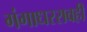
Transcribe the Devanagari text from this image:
गंगाधररावही